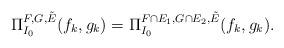
LaTeX: \begin{align*}\Pi_{I_0}^{F, G, \tilde E}( f_k, g_k)=\Pi_{I_0}^{F \cap E_1, G\cap E_2, \tilde E}( f_k, g_k).\end{align*}